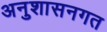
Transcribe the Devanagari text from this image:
अनुशासनगत